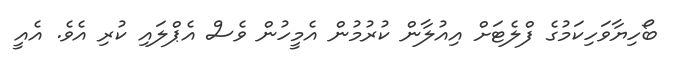
ބޯހިޔާވަހިކަމުގެ ފްްލެޓަށް އިއުލާން ކުރުމުން އެމީހުން ވެސް އެޕްލައި ކުރި އެވެ. އެއީ